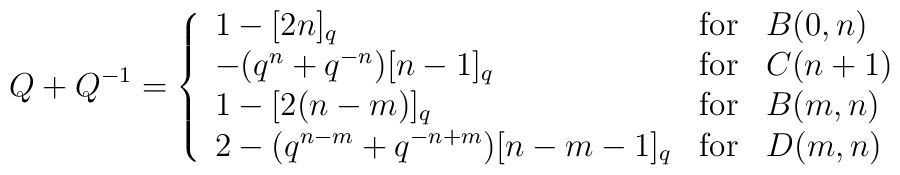
Q+Q^{-1}=\left\{ \begin{array}{lll}1-[2n]_{q} & {\rm for} & B(0,n) \\ -(q^{n}+q^{-n})[n-1]_{q} & {\rm for} & C(n+1) \\ 1-[2(n-m)]_{q} & {\rm for} & B(m,n) \\ 2-(q^{n-m}+q^{-n+m})[n-m-1]_{q} & {\rm for} & D(m,n)\end{array}\right.